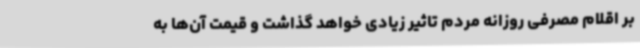
بر اقلام مصرفی روزانه مردم تاثیر زیادی خواهد گذاشت و قیمت آن‌ها به